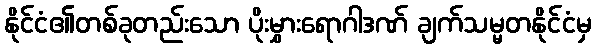
နိုင်ငံ၏တစ်ခုတည်းသော ပိုးမွှားရောဂါဒဏ် ချက်သမ္မတနိုင်ငံမှ